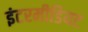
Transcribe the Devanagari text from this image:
इंटरमीडियट